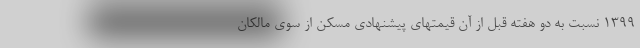
۱۳۹۹ نسبت به دو هفته قبل از آن قیمتهای پیشنهادی مسکن از سوی مالکان